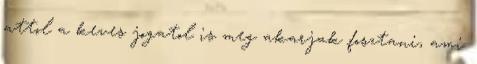
attol a keves jogatol is meg akarjak fosztani, ami